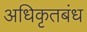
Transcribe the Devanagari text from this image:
अधिकृतबंध